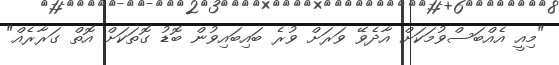
"މިއީ އެއްބަސްވުމަކަށް އާދެވޭ ވަރަށް ވުރެ ބައިބައިވުން ބޮޑު ގޮތަކަށް އޮތް ގަރާރެއް"